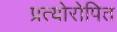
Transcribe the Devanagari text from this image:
प्रत्योरोपित